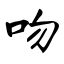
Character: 吻